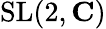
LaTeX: \mathrm{SL}(2,\mathbf{C})